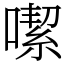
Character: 噄